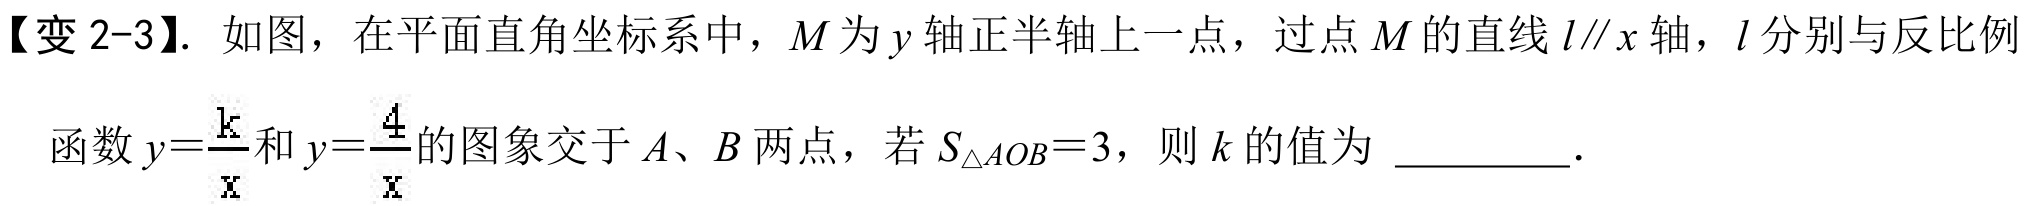
【变 2-3】. 如图，在平面直角坐标系中，\(M\)为\(y\)轴正半轴上一点，过点\(M\)的直线\(l\parallel x\)轴，\(l\)分别与反比例函数\(y = \frac{k}{x}\)和\(y=\frac{4}{x}\)的图象交于\(A\)、\(B\)两点，若\(S_{\triangle AOB}=3\)，则\(k\)的值为 __________.